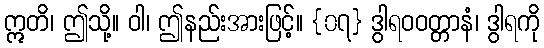
ဣတိ၊ ဤသို့။ ဝါ၊ ဤနည်းအားဖြင့်။ {၀၇} ဒွါရဝဝတ္တာနံ၊ ဒွါရကို